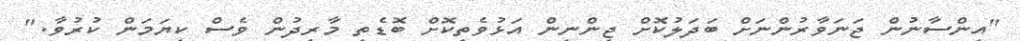
"އިންސާނުން ޖަނަވާރުންނަށް ބަދަލުކޮށް ޖިންނިން އަޅުވެތިކޮށް ބޮޑެތި މާރިދުން ވެސް ކިޔަމަން ކުރުވާ."